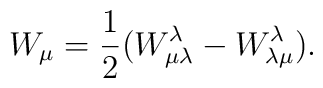
W_\mu={1\over 2}(W^\lambda_{\mu\lambda}-W^\lambda_{\lambda\mu}).